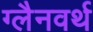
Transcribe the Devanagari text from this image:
ग्लैनवर्थ